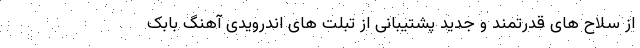
از سلاح های قدرتمند و جدید پشتیبانی از تبلت های اندرویدی آهنگ بابک